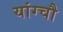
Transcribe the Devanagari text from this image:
यांग्चौ